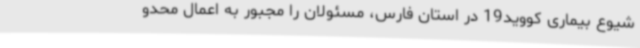
شیوع بیماری کووید19 در استان فارس، مسئولان را مجبور به اعمال محدو